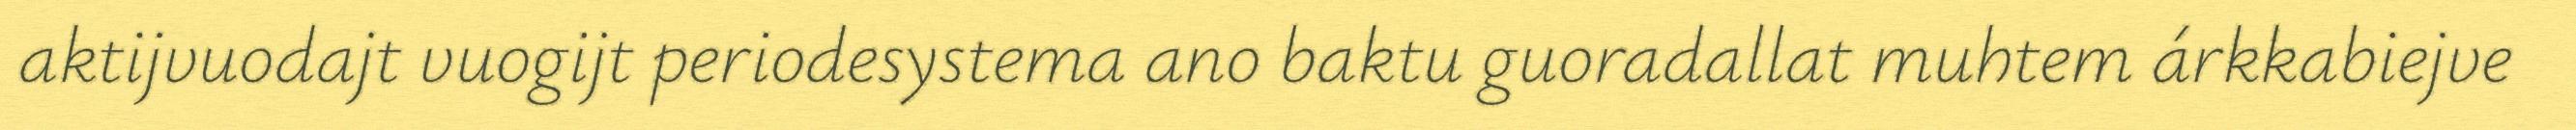
aktijvuodajt vuogijt periodesystema ano baktu guoradallat muhtem árkkabiejve